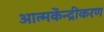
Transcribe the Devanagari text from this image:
आत्मकेंन्द्रीकरण